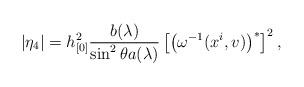
LaTeX: \begin{align*}|\eta _{4}|=h_{[0]}^{2}\frac{b(\lambda )}{\sin ^{2}\theta a(\lambda )}\left[\left( \omega ^{-1} ( x^{i},v ) \right) ^{\ast }\right] ^{2}, \end{align*}